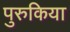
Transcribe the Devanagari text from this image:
पुरुकिया